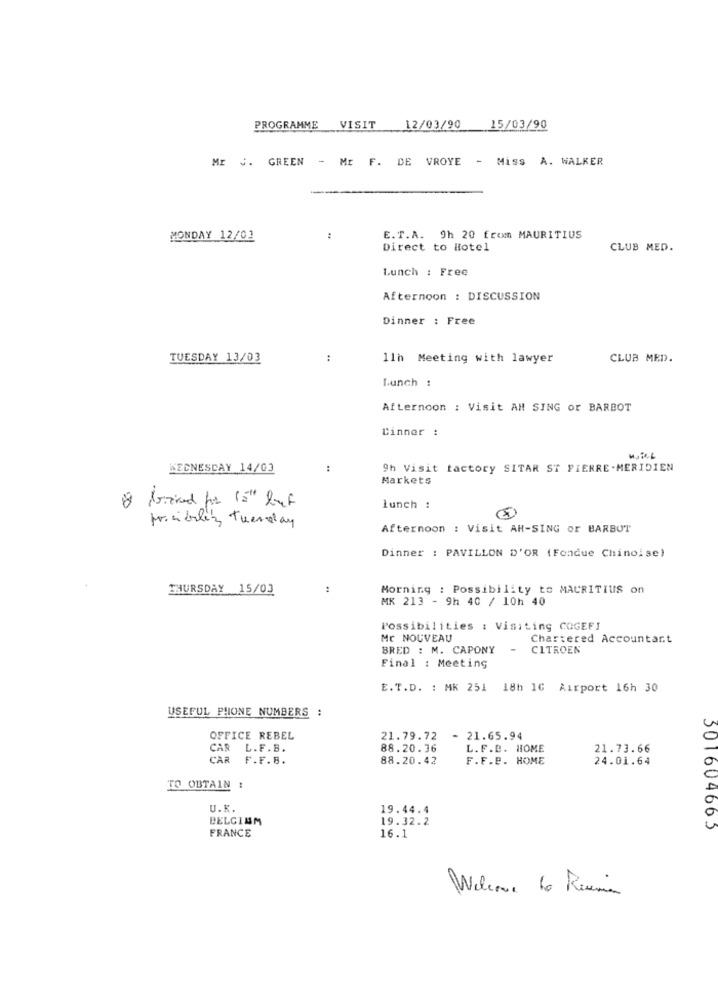
PROGRAMME
VISIT
12/03/90 15/03/90
Mr J. GREEN - Mr F. DE VROYE - Miss A. WALKER
MONDAY 12/02
E.T.A. 9h 20 from MAURITIUS
Direct to Hotel
CLUB MED.
Lunch : Free
Afternoon : DISCUSSION
Dinner : Free
TUESDAY 13/03
..
11h Meeting with lawyer
CLUB MED.
Lunch :
Afternoon : Visit AH SING or BARBOT
Dinner :
WEDNESDAY 14/03
:
9h Visit tactory SITAR ST PIERRE -MERIDIEN
Markets
lunch !
posiblez tuesday
Afternoon : Visit AH-SING or BARBUT
Dinner : PAVILLON D'OR (Fondue Chinoise)
THURSDAY 15/03
:
Morning : Possibility to MAURITIUS on
MK 213 - 9h 40 / 10h 40
Possibilities : Visiting COGEFI
Mc NOUVEAU
Chartered Accountant
BRED : M. CAPONY
CITROEN
Final : Meeting
E.T.D. : MK 251 18h 1C Airport 16h 30
USEFUL PHONE NUMBERS :
OFFICE REBEL
21.79.72 - 21.65.94
CAR L.F.B.
88.20.36
L. F.B. HOME
21.73.66
CAR F.F.B.
88.20.42
F.F.B. HOME
24.01.64
TO OBTAIN !
U.K.
19.44.4
BELGIUM
19.32.2
FRANCE
301604663
16.1
Welcome to Reiman